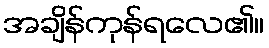
အချိန်ကုန်ရလေ၏။